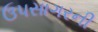
ઉપસાગરની